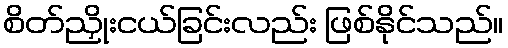
စိတ်ညှိုးငယ်ခြင်းလည်း ဖြစ်နိုင်သည်။